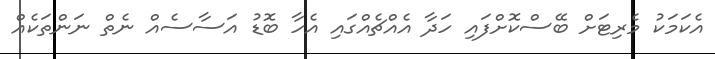
އެކަމަކު މެރިޓަށް ބޭސްކޮށްފައި ހަދާ އެއްޗެއްގައި އެހާ ބޮޑު އަސާސެއް ނެތް ނަންތަކެއް